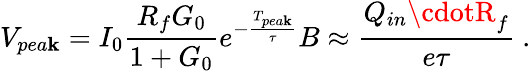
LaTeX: V_{pea\mathbf{k}}=I_{0}\frac{{R_{f}G_{0}}}{{1+G_{0}}}e^{-\frac{{T_{pea\mathbf{k}}}}{{\tau}}}B\approx\frac{{Q_{in}\cdotR_{f}}}{{e\tau}}~.